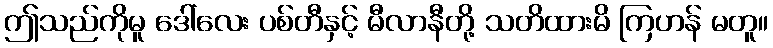
ဤသည်ကိုမူ ဒေါ်လေး ပစ်တီနှင့် မီလာနီတို့ သတိထားမိ ကြဟန် မတူ။